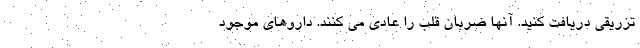
تزریقی دریافت کنید. آنها ضربان قلب را عادی می کنند. داروهای موجود